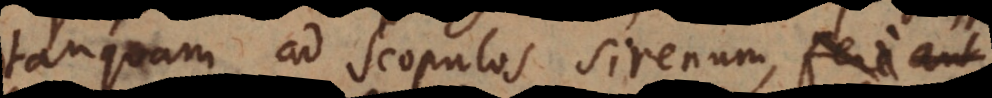
tanquam ad Scopulos Sirenum, fere aut